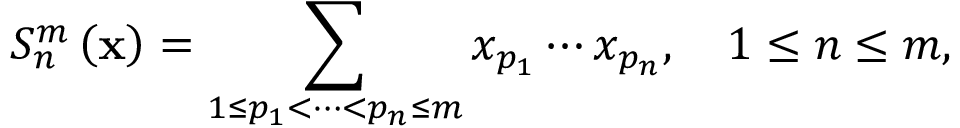
S _ { n } ^ { m } \left( \mathbf { x } \right) = \sum _ { 1 \leq p _ { 1 } < \cdots < p _ { n } \leq m } x _ { p _ { 1 } } \cdots x _ { p _ { n } } , \quad 1 \leq n \leq m ,